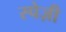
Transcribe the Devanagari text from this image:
स्पेज़ी